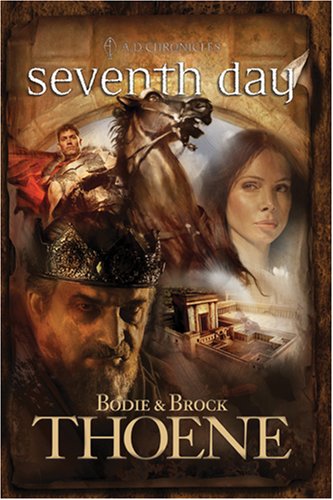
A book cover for Seventh Day (A. D. Chronicles, Book 7); Bodie Thoene; Religion & Spirituality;